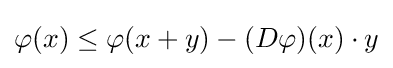
\varphi (x)\leq \varphi (x+y)-(D\varphi )(x)\cdot y